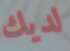
لديك